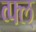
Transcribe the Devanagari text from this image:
व्फ्ल्